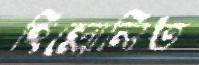
হিল্লোলিত